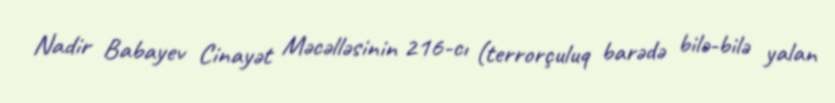
Nadir Babayev Cinayət Məcəlləsinin 216-cı (terrorçuluq barədə bilə-bilə yalan